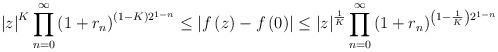
LaTeX: \begin{align*}\left|z\right|^{K}\prod_{n=0}^{\infty}\left(1+r_{n}\right)^{\left(1-K\right)2^{1-n}}\leq\left|f\left(z\right)-f\left(0\right)\right|\leq\left|z\right|^{\frac{1}{K}}\prod_{n=0}^{\infty}\left(1+r_{n}\right)^{\left(1-\frac{1}{K}\right)2^{1-n}}\end{align*}